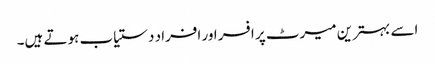
اسے بہترین میرٹ پر افسر اور افراد دستیاب ہوتے ہیں۔